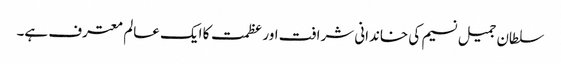
سلطان جمیل نسیم کی خاندانی شرافت اور عظمت کا ایک عالم معترف ہے۔